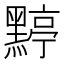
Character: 𪑬